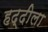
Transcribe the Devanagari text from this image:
हद्दीला